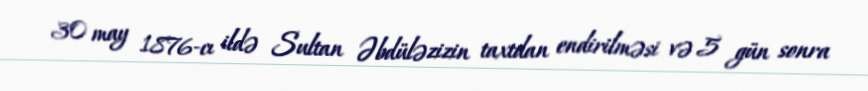
30 may 1876-cı ildə Sultan Əbdüləzizin taxtdan endirilməsi və 5 gün sonra